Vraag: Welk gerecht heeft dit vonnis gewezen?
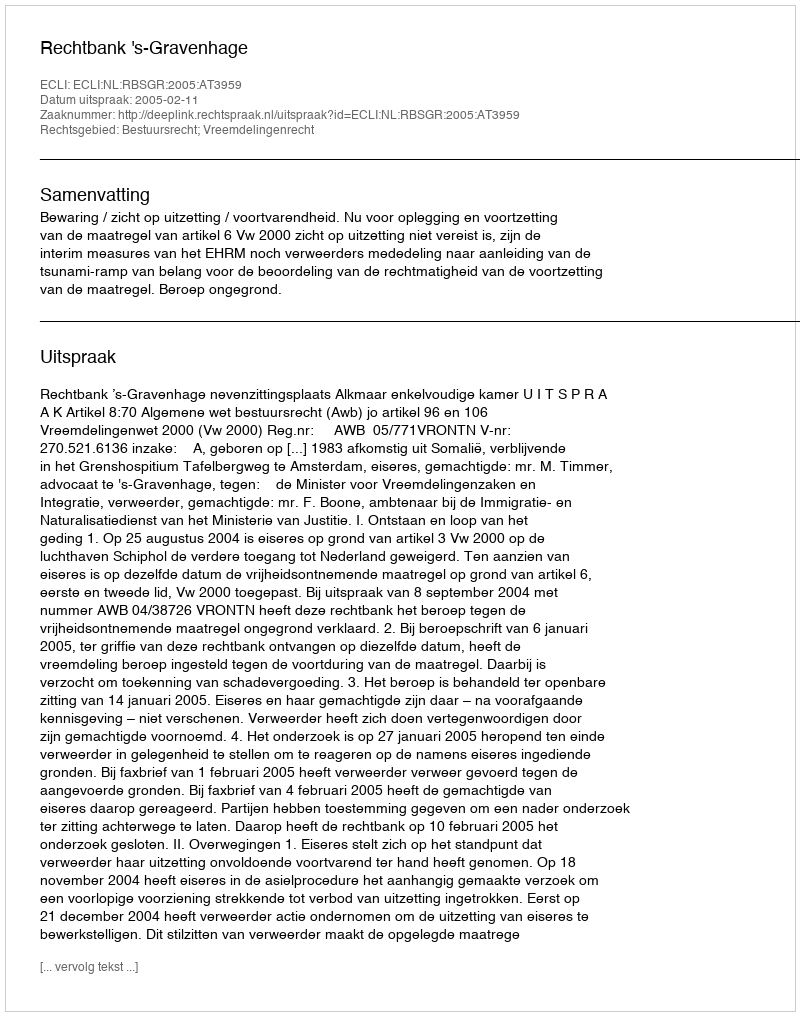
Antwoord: Rechtbank 's-Gravenhage